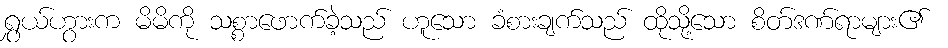
ရွှယ်ဟွားက မိမိကို သစ္စာဖောက်ခဲ့သည် ဟူသော ခံစားချက်သည် ထိုသို့သော စိတ်ဒဏ်ရာများ၏